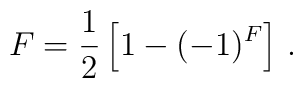
F=\frac{1}{2}\left[1-(-1)^F \right]\,.